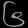
Digit: ၆